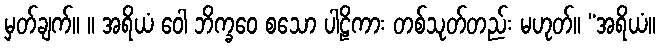
မှတ်ချက်။ ။ အရိယံ ဝေါ ဘိက္ခဝေ စသော ပါဠိကား တစ်သုတ်တည်း မဟုတ်။ “အရိယံ။